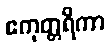
ဧကုတ္တရိကာ